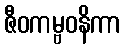
ဇီဝကမ္ဗဝနိကာ